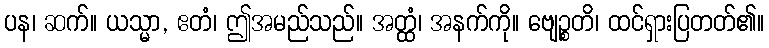
ပန၊ ဆက်။ ယသ္မာ, ဧတံ၊ ဤအမည်သည်။ အတ္ထံ၊ အနက်ကို။ ဗျေဉ္စတိ၊ ထင်ရှားပြတတ်၏။